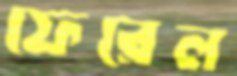
ফেরেল